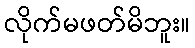
လိုက်မဖတ်မိဘူး။